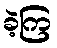
ခဲ့ကြ